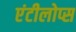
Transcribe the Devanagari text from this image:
एंटीलोप्स